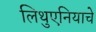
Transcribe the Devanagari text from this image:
लिथुएनियाचे